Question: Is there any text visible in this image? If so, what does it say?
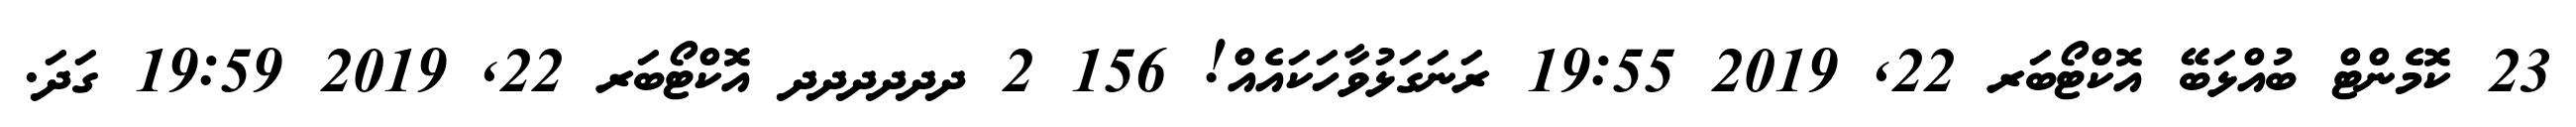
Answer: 23 ކޮމެންޓް ބުއްޅަބޭ އޮކްޓޯބަރ 22, 2019 19:55 ރަނަގަޅުވާހަކައެއް! 156 2 ދދދދދދ އޮކްޓޯބަރ 22, 2019 19:59 ގަދަ.